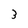
Character: 3